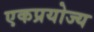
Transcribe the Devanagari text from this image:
एकप्रयोज्य